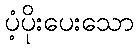
ပံ့ပိုးပေးသော